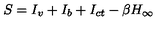
S = I _ { v } + I _ { b } + I _ { c t } - \beta H _ { \infty }